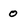
Character: 0